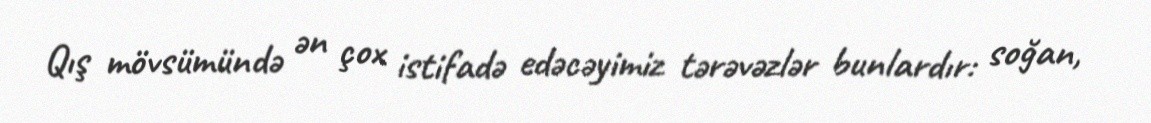
Qış mövsümündə ən çox istifadə edəcəyimiz tərəvəzlər bunlardır: soğan,